Punjab Mental Hospital Lahore 1932-46 - 1932-1946
Year: 1932
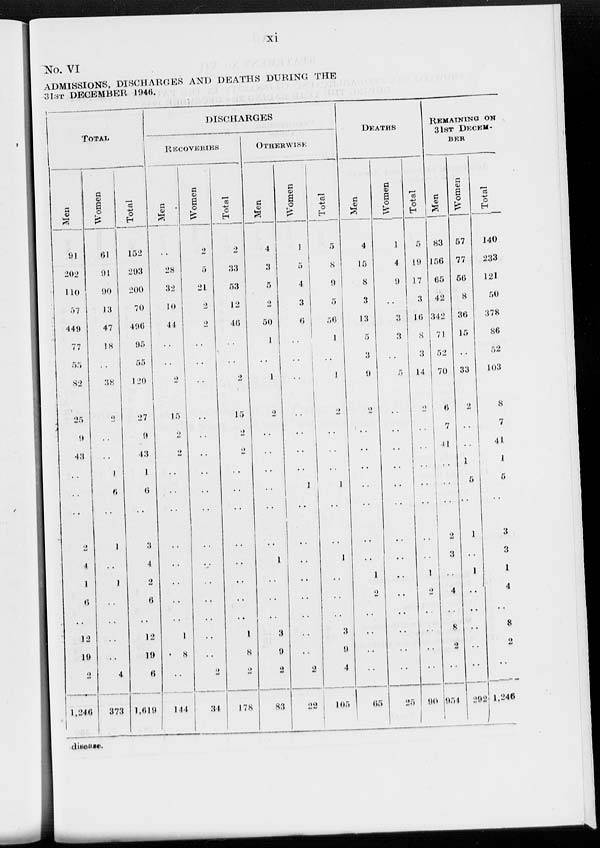
xi
No. VI
ADMISSIONS, DISCHARGES AND DEATHS DURING THE
31ST DECEMBER 1946.
TOTAL
Men
91
202
110
57
449
77
55
82
25
9
43
..
..
..
2
4
1
6
..
12
19
2
1,246
Women
61
91
90
13
47
18
..
38
2
..
..
1
6
..
1
..
1
..
..
..
..
4
373
Total
152
293
200
70
496
95
55
120
27
9
43
1
6
..
3
4
2
6
..
12
19
6
1,619
DISCHARGES
RECOVERIES
Men
..
28
32
10
44
..
..
2
15
2
2
..
..
..
..
..
..
..
..
1
8
..
144
Women
2
5
21
2
2
..
..
..
..
..
..
..
..
..
..
..
..
..
..
..
..
2
34
Total
2
33
53
12
46
..
..
2
15
2
2
..
..
..
..
..
..
..
..
1
8
2
178
OTHERWISE
Men
4
3
5
2
50
1
..
1
2
..
..
..
..
..
..
1
..
..
..
3
9
2
83
Women
1
5
4
3
6
..
..
..
..
..
..
..
1
..
..
..
..
..
..
..
..
2
22
Total
5
8
9
5
56
1
..
1
2
..
..
..
1
..
..
1
..
..
..
3
9
4
105
DEATHS
Men
4
15
8
3
13
5
3
9
2
..
..
..
..
..
..
..
1
2
..
..
..
..
65
Women
1
4
9
..
3
3
..
5
..
..
..
..
..
..
..
..
..
..
..
..
..
..
25
Total
5
19
17
3
16
8
3
14
2
..
..
..
..
..
..
..
1
2
..
..
..
..
90
REMAINING ON
31ST DECEM-
BER
Men
83
156
65
42
342
71
52
70
6
7
41
..
..
..
2
3
..
4
..
8
2
..
951
Women
57
77
56
8
36
15
..
33
2
..
..
1
5
..
1
..
1
..
..
..
..
..
292
Total
140
233
121
50
378
86
52
103
8
7
41
1
5
..
3
3
1
4
..
8
2
..
1,246
disease.